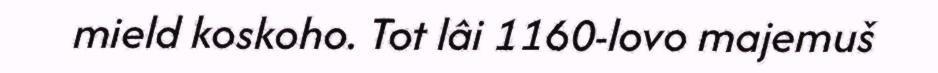
mield koskoho. Tot lâi 1160-lovo majemuš